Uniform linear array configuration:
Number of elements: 12
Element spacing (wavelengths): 0.5
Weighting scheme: hann
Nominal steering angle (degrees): -60
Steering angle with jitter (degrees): -58.664
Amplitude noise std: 0.05
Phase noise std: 0.05

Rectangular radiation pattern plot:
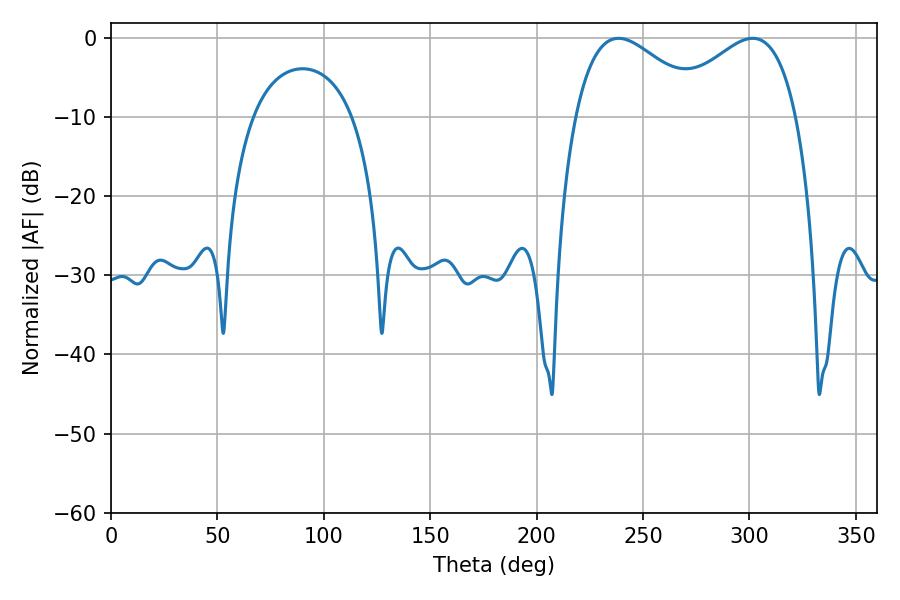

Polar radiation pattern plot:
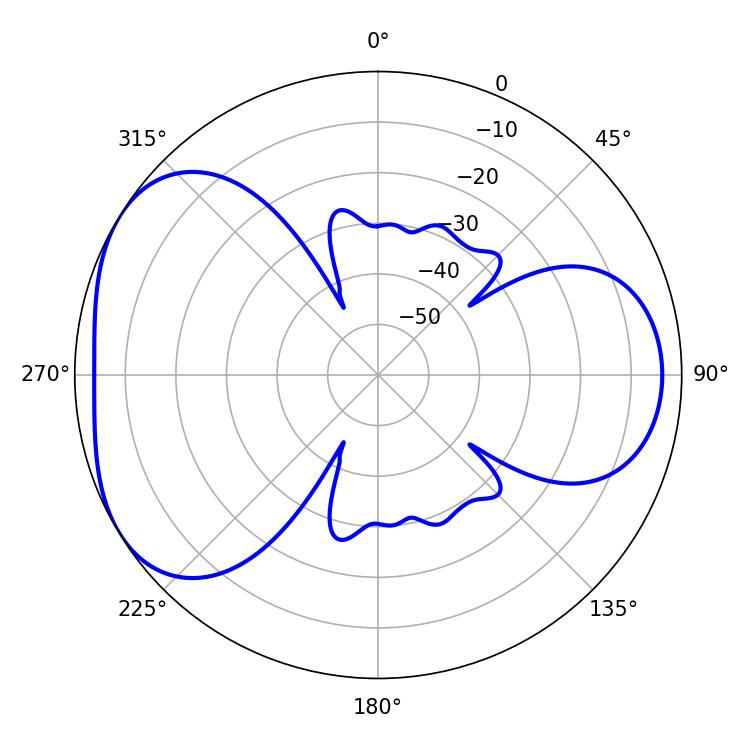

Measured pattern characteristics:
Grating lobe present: FALSE
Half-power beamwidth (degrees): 33.3
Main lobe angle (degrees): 238.5